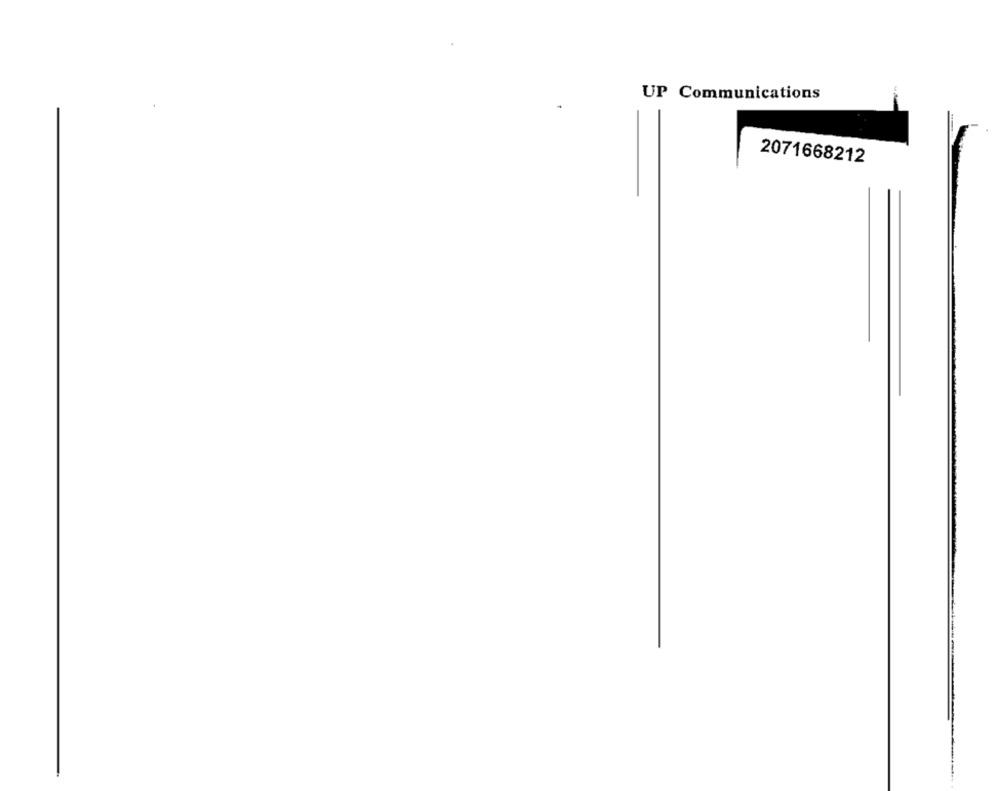
UP Communications
2071668212